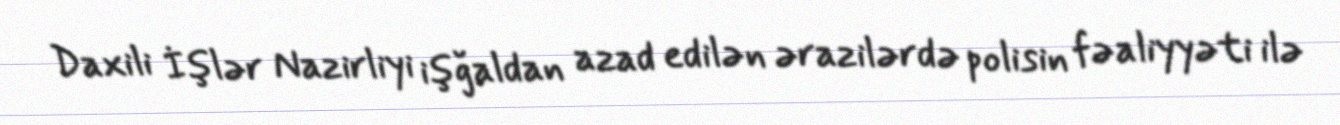
Daxili İşlər Nazirliyi işğaldan azad edilən ərazilərdə polisin fəaliyyəti ilə